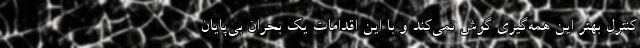
کنترل بهتر این همه‌گیری گوش نمی‌کند و با این اقدامات یک بحران بی‌پایان